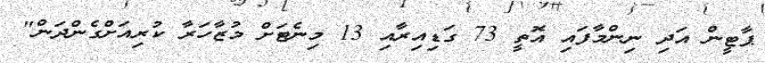
ޕާޓީން އަދި ނިންމާފައި އޮތީ 73 ގަޑިއިރާއި 13 މިނެޓަށް މުޒާހަރާ ކުރިއަށްގެންދަން"